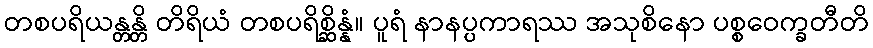
တစပရိယန္တန္တိ တိရိယံ တစပရိစ္ဆိန္နံ။ ပူရံ နာနပ္ပကာရဿ အသုစိနော ပစ္စဝေက္ခတီတိ